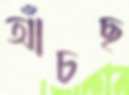
আঁচছ